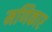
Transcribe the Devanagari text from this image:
मणिकार